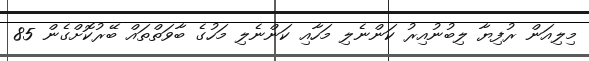
މިލިއަން ރުފިޔާ ލިބުނުއިރު ކަންނެލި މަހާއި ކަންނެލި މަހުގެ ބާވަތްތައް ބޭރުކޮށްގެން 85